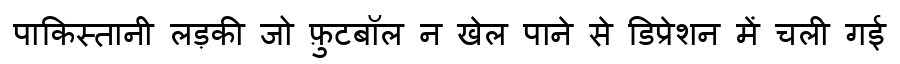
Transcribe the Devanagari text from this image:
पाकिस्तानी लड़की जो फ़ुटबॉल न खेल पाने से डिप्रेशन में चली गई